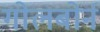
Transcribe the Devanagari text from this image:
गोलबोर्न